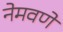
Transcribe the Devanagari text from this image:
नेमवणे